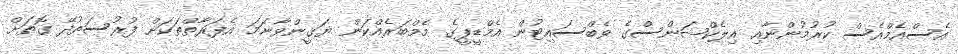
އެސްއެމްއެސް ކުރުމުންނާއި އިލެކްޝަންސްގެ ވެބްސައިޓުން އެމްޑީޕީގެ މެމްބަރެއްކަން ޔަޤީންވާނަމަ އެފަރާތްތަކަށް ފުރުސަތުދޭ ގޮތަށް